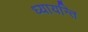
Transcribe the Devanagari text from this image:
ध्यायन्ति